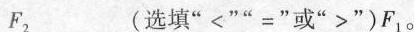
F_{2} _____(选填”<””=”或”>”)F_{1}。